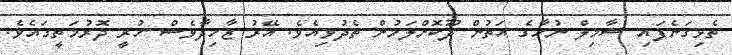
ތެޅިގަނެފައި ޝާމިލް ނުހާގެ އަތުން ދޫކޮށްލަމުން ތެދުވިއެވެ. އޭރު ޒާހިދާވެސް ހުރީ ދޮރުމަތީގައެވެ.